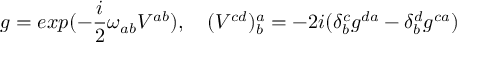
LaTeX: g = e x p ( - \frac { i } { 2 } \omega _ { a b } V ^ { a b } ) , \quad ( V ^ { c d } ) _ { b } ^ { a } = - 2 i ( \delta _ { b } ^ { c } g ^ { d a } - \delta _ { b } ^ { d } g ^ { c a } )